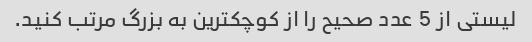
لیستی از 5 عدد صحیح را از کوچکترین به بزرگ مرتب کنید.